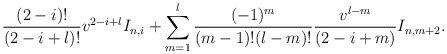
\begin{align*} \frac{(2-i)!}{(2-i+l)!}v^{2-i+l}I_{n,i}+\sum_{m=1}^l\frac{(-1)^m}{(m-1)!(l-m)!}\frac{v^{l-m}}{(2-i+m)}I_{n,m+2}.\end{align*}